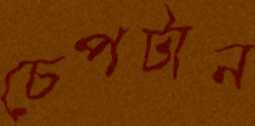
চেপটান